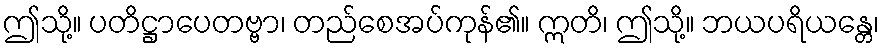
ဤသို့။ ပတိဋ္ဌာပေတဗ္ဗာ၊ တည်စေအပ်ကုန်၏။ ဣတိ၊ ဤသို့။ ဘယပရိယန္တေ၊